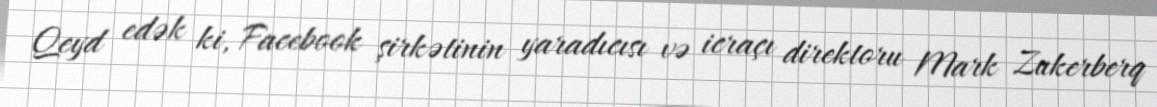
Qeyd edək ki, Facebook şirkətinin yaradıcısı və icraçı direktoru Mark Zukerberq